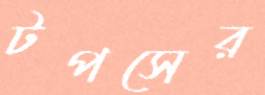
টপসের